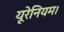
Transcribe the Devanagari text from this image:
यूरेनियम।